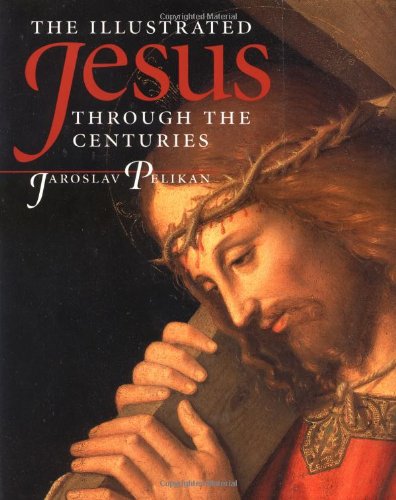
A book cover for The Illustrated Jesus Through the Centuries; Jaroslav Pelikan; Christian Books & Bibles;